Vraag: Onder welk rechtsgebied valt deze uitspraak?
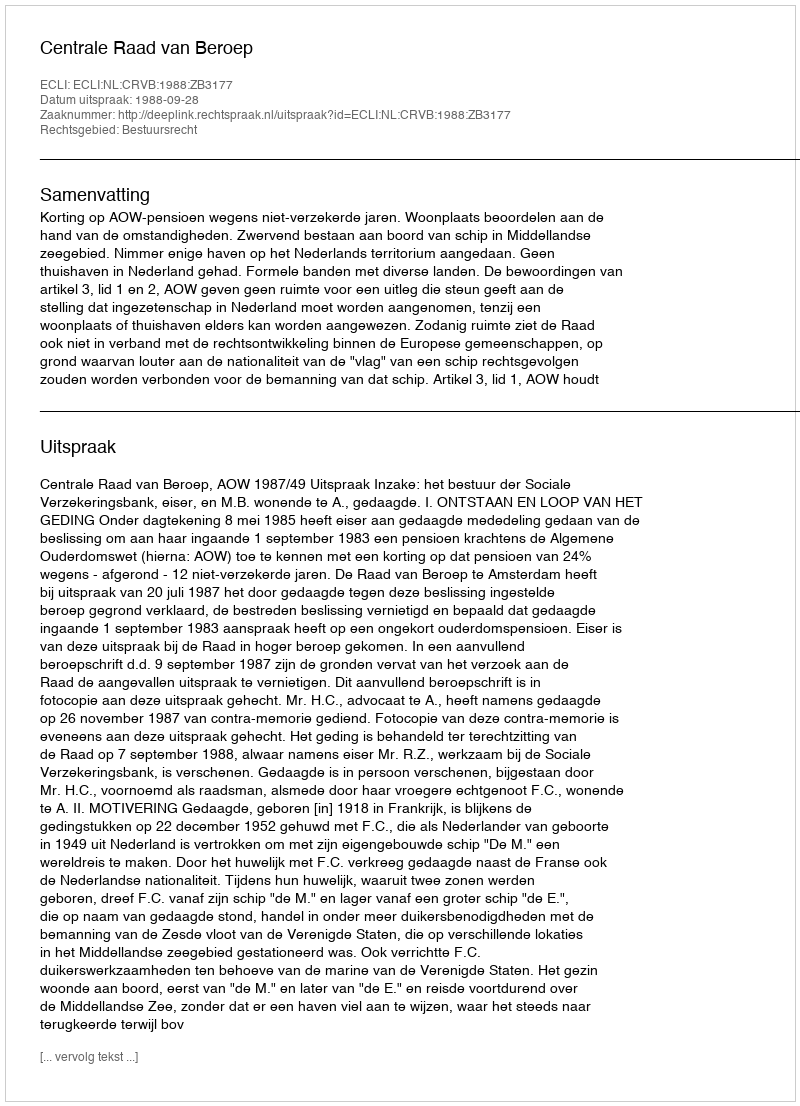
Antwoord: Bestuursrecht